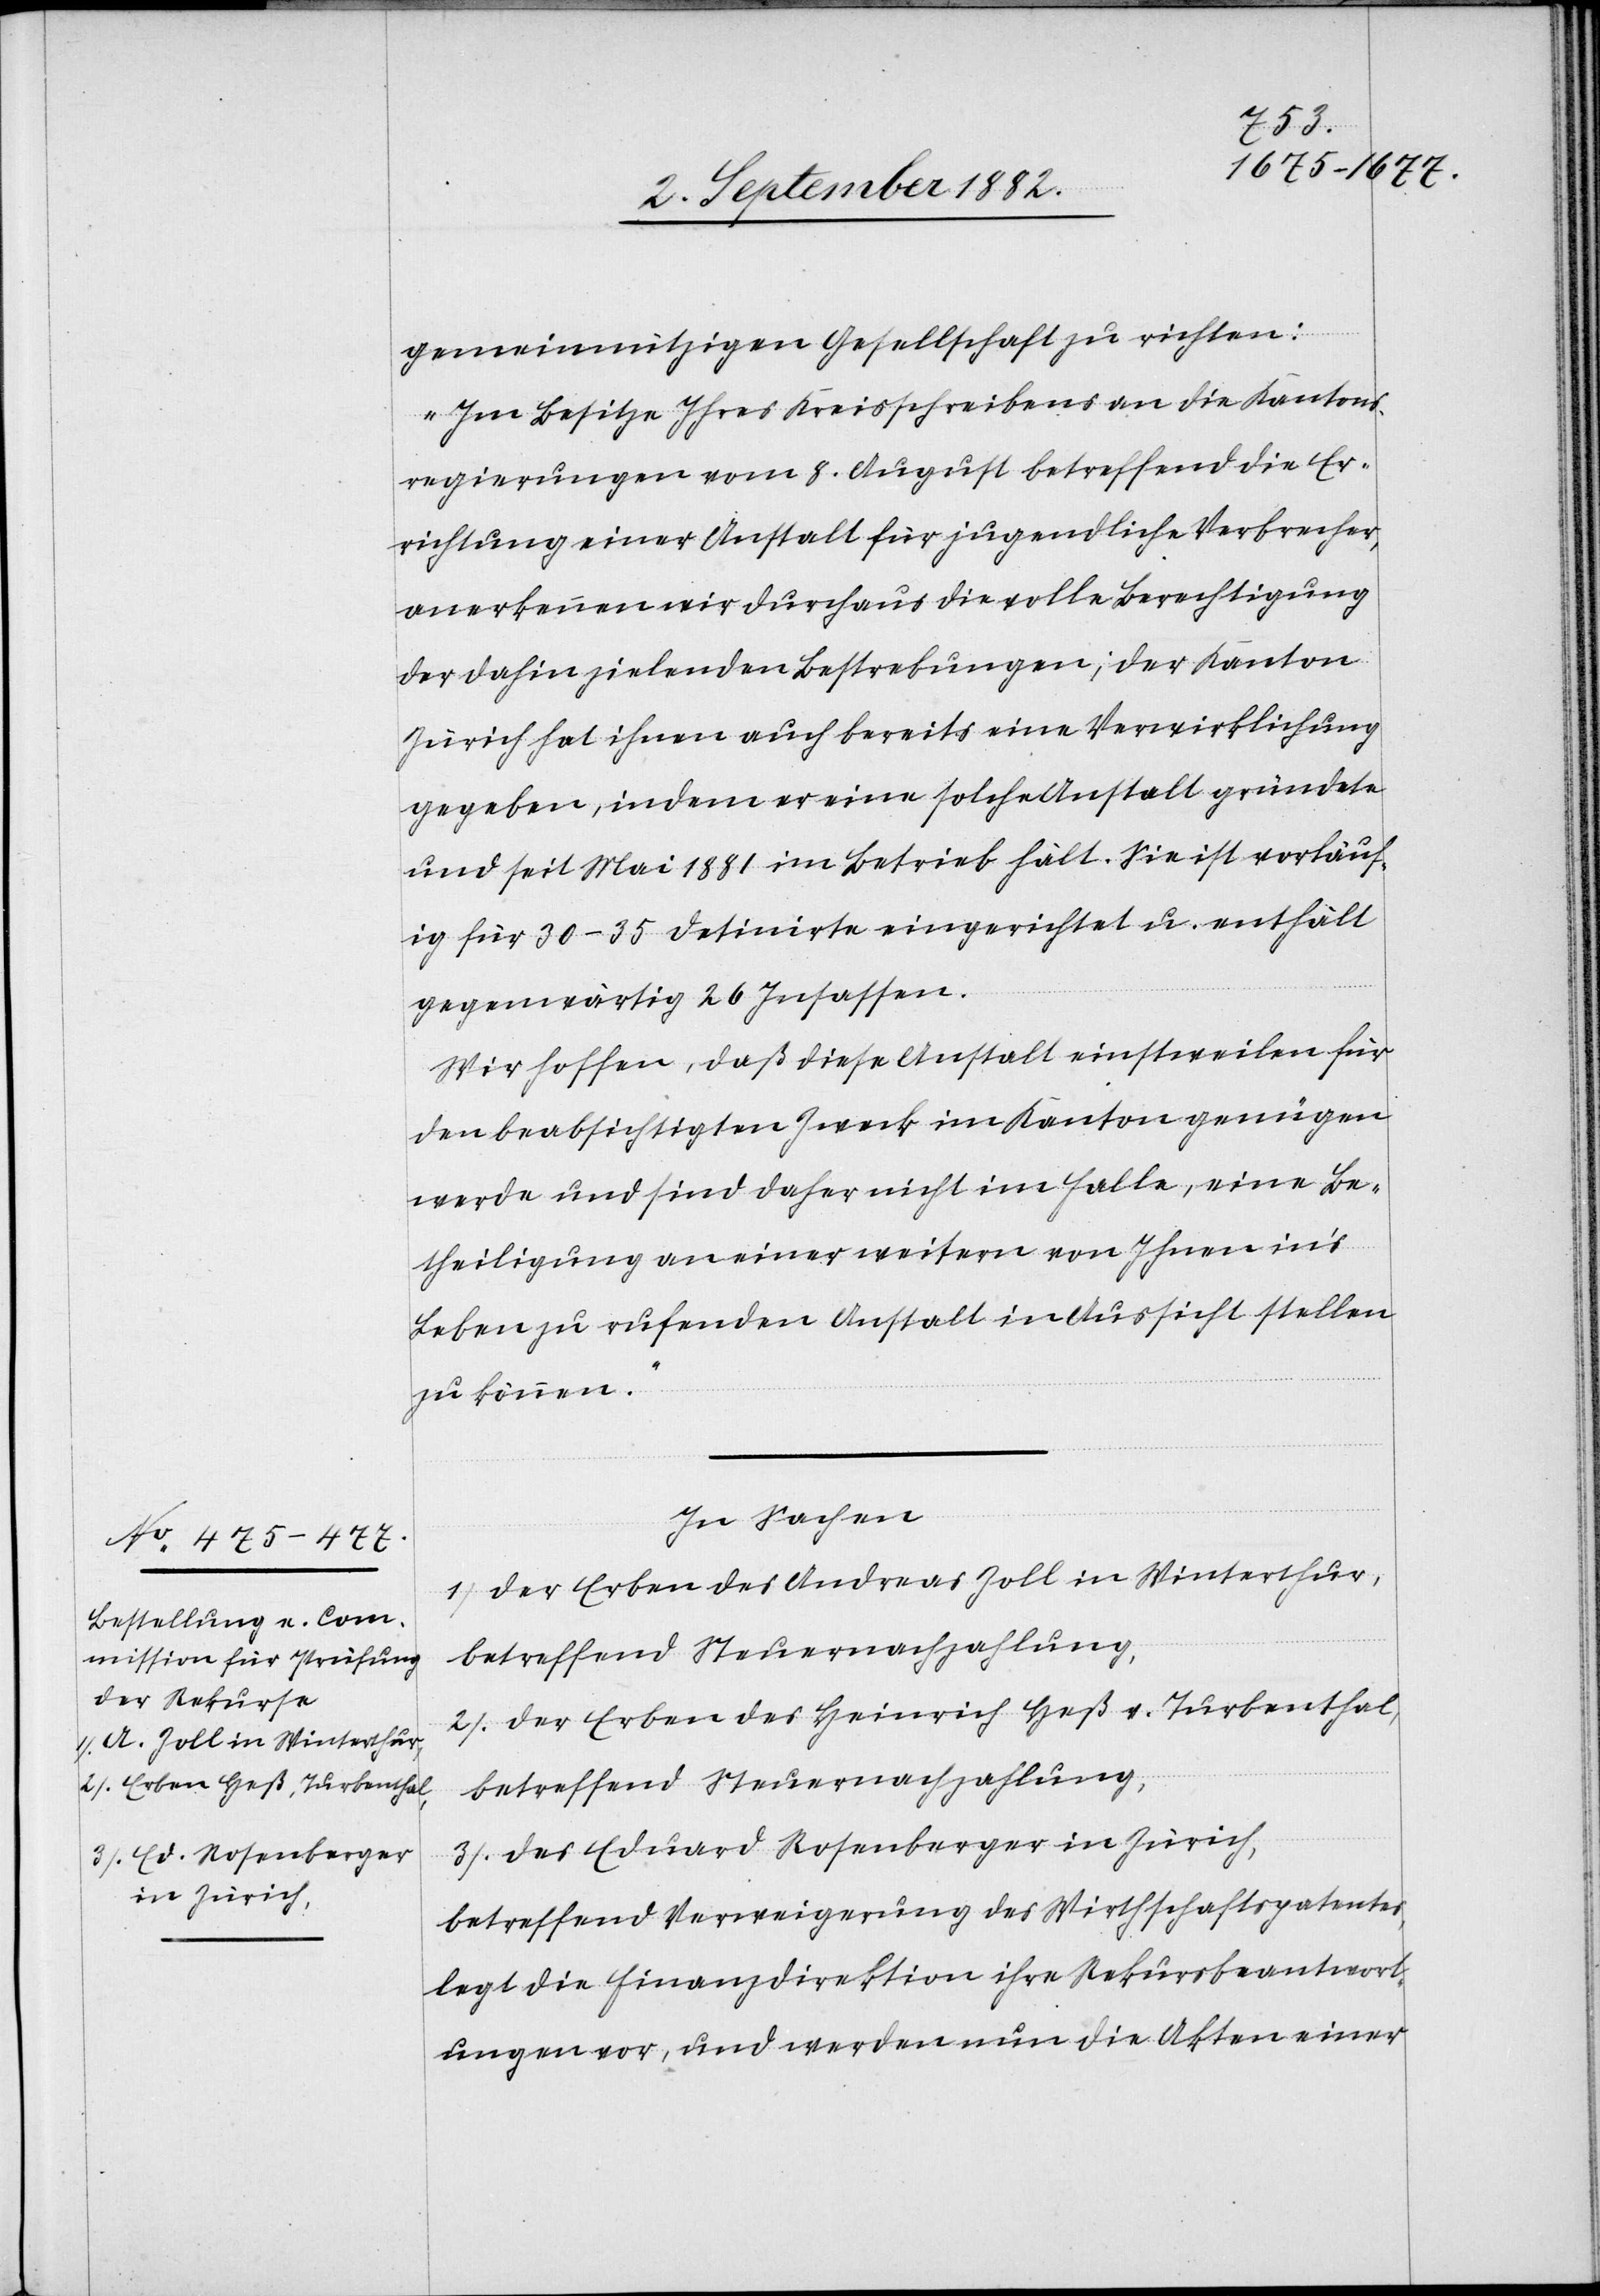
gemeinnützigen Gesellschaft zu richten:
„Im Besitze ihres Kreisschreibens an die Kantons¬
regierungen vom 8. August betreffend die Er¬
richtung einer Anstalt für jugendliche Verbrecher,
anerkennen wir durchaus die volle Berechtigung
der dahin zielenden Bestrebungen; der Kanton
Zürich hat ihnen auch bereits eine Verwirklichung
gegeben, indem er eine solche Anstalt gründete
und seit Mai 1881 im Betrieb hält. Sie ist vorläuf¬
ig für 30–35 Detinirte eingerichtet u. enthält
gegenwärtig 26 Insassen.
Wir hoffen, daß diese Anstalt einstweilen für
den beabsichtigten Zweck im Kanton genügen
werde und sind daher nicht im Falle, eine Be¬
theiligung an einer weitern von Ihnen in’s
Leben zu rufenden Anstalt in Aussicht stellen
zu können.“
In Sachen
1) Der Erben des Andreas Zoll in Winterthur,
betreffend Steuernachzahlung,
2) Der Erben des Heinrich Heß v. Turbenthal,
betreffend Steuernachzahlung,
3) Des Eduard Rosenberger in Zürich,
betreffend Verweigerung des Wirthschaftspatentes,
legt die Finanzdirektion ihre Rekursbeantwort¬
ungen vor, und werden nun die Akten einer